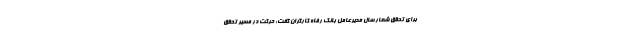
برای تحقق شعار سال مدیرعامل بانک رفاه کارگران گفت: حرکت در مسیر تحقق